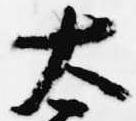
太